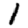
Digit: 1